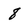
Character: 8